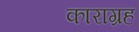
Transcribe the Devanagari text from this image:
काराग्रह